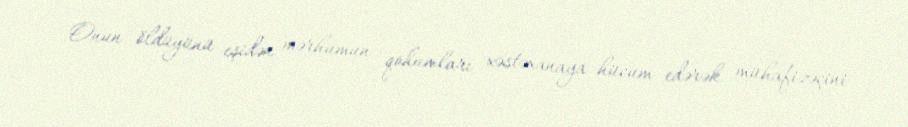
Onun öldüyünü eşidən mərhumun qohumları xəstəxanaya hücum edərək mühafizəçini